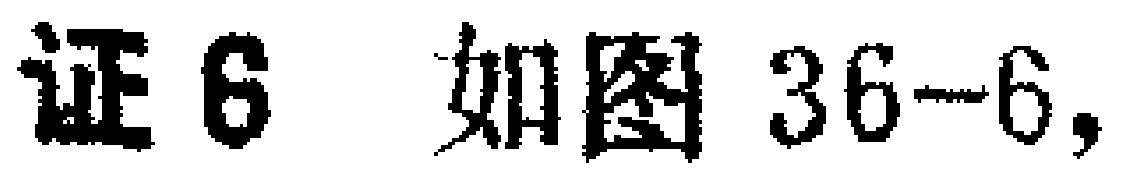
证6 如图36-6,